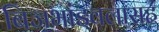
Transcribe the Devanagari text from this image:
बिजभांडवलासह